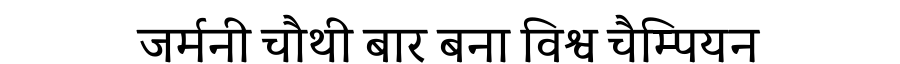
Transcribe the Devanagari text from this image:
जर्मनी चौथी बार बना विश्व चैम्पियन